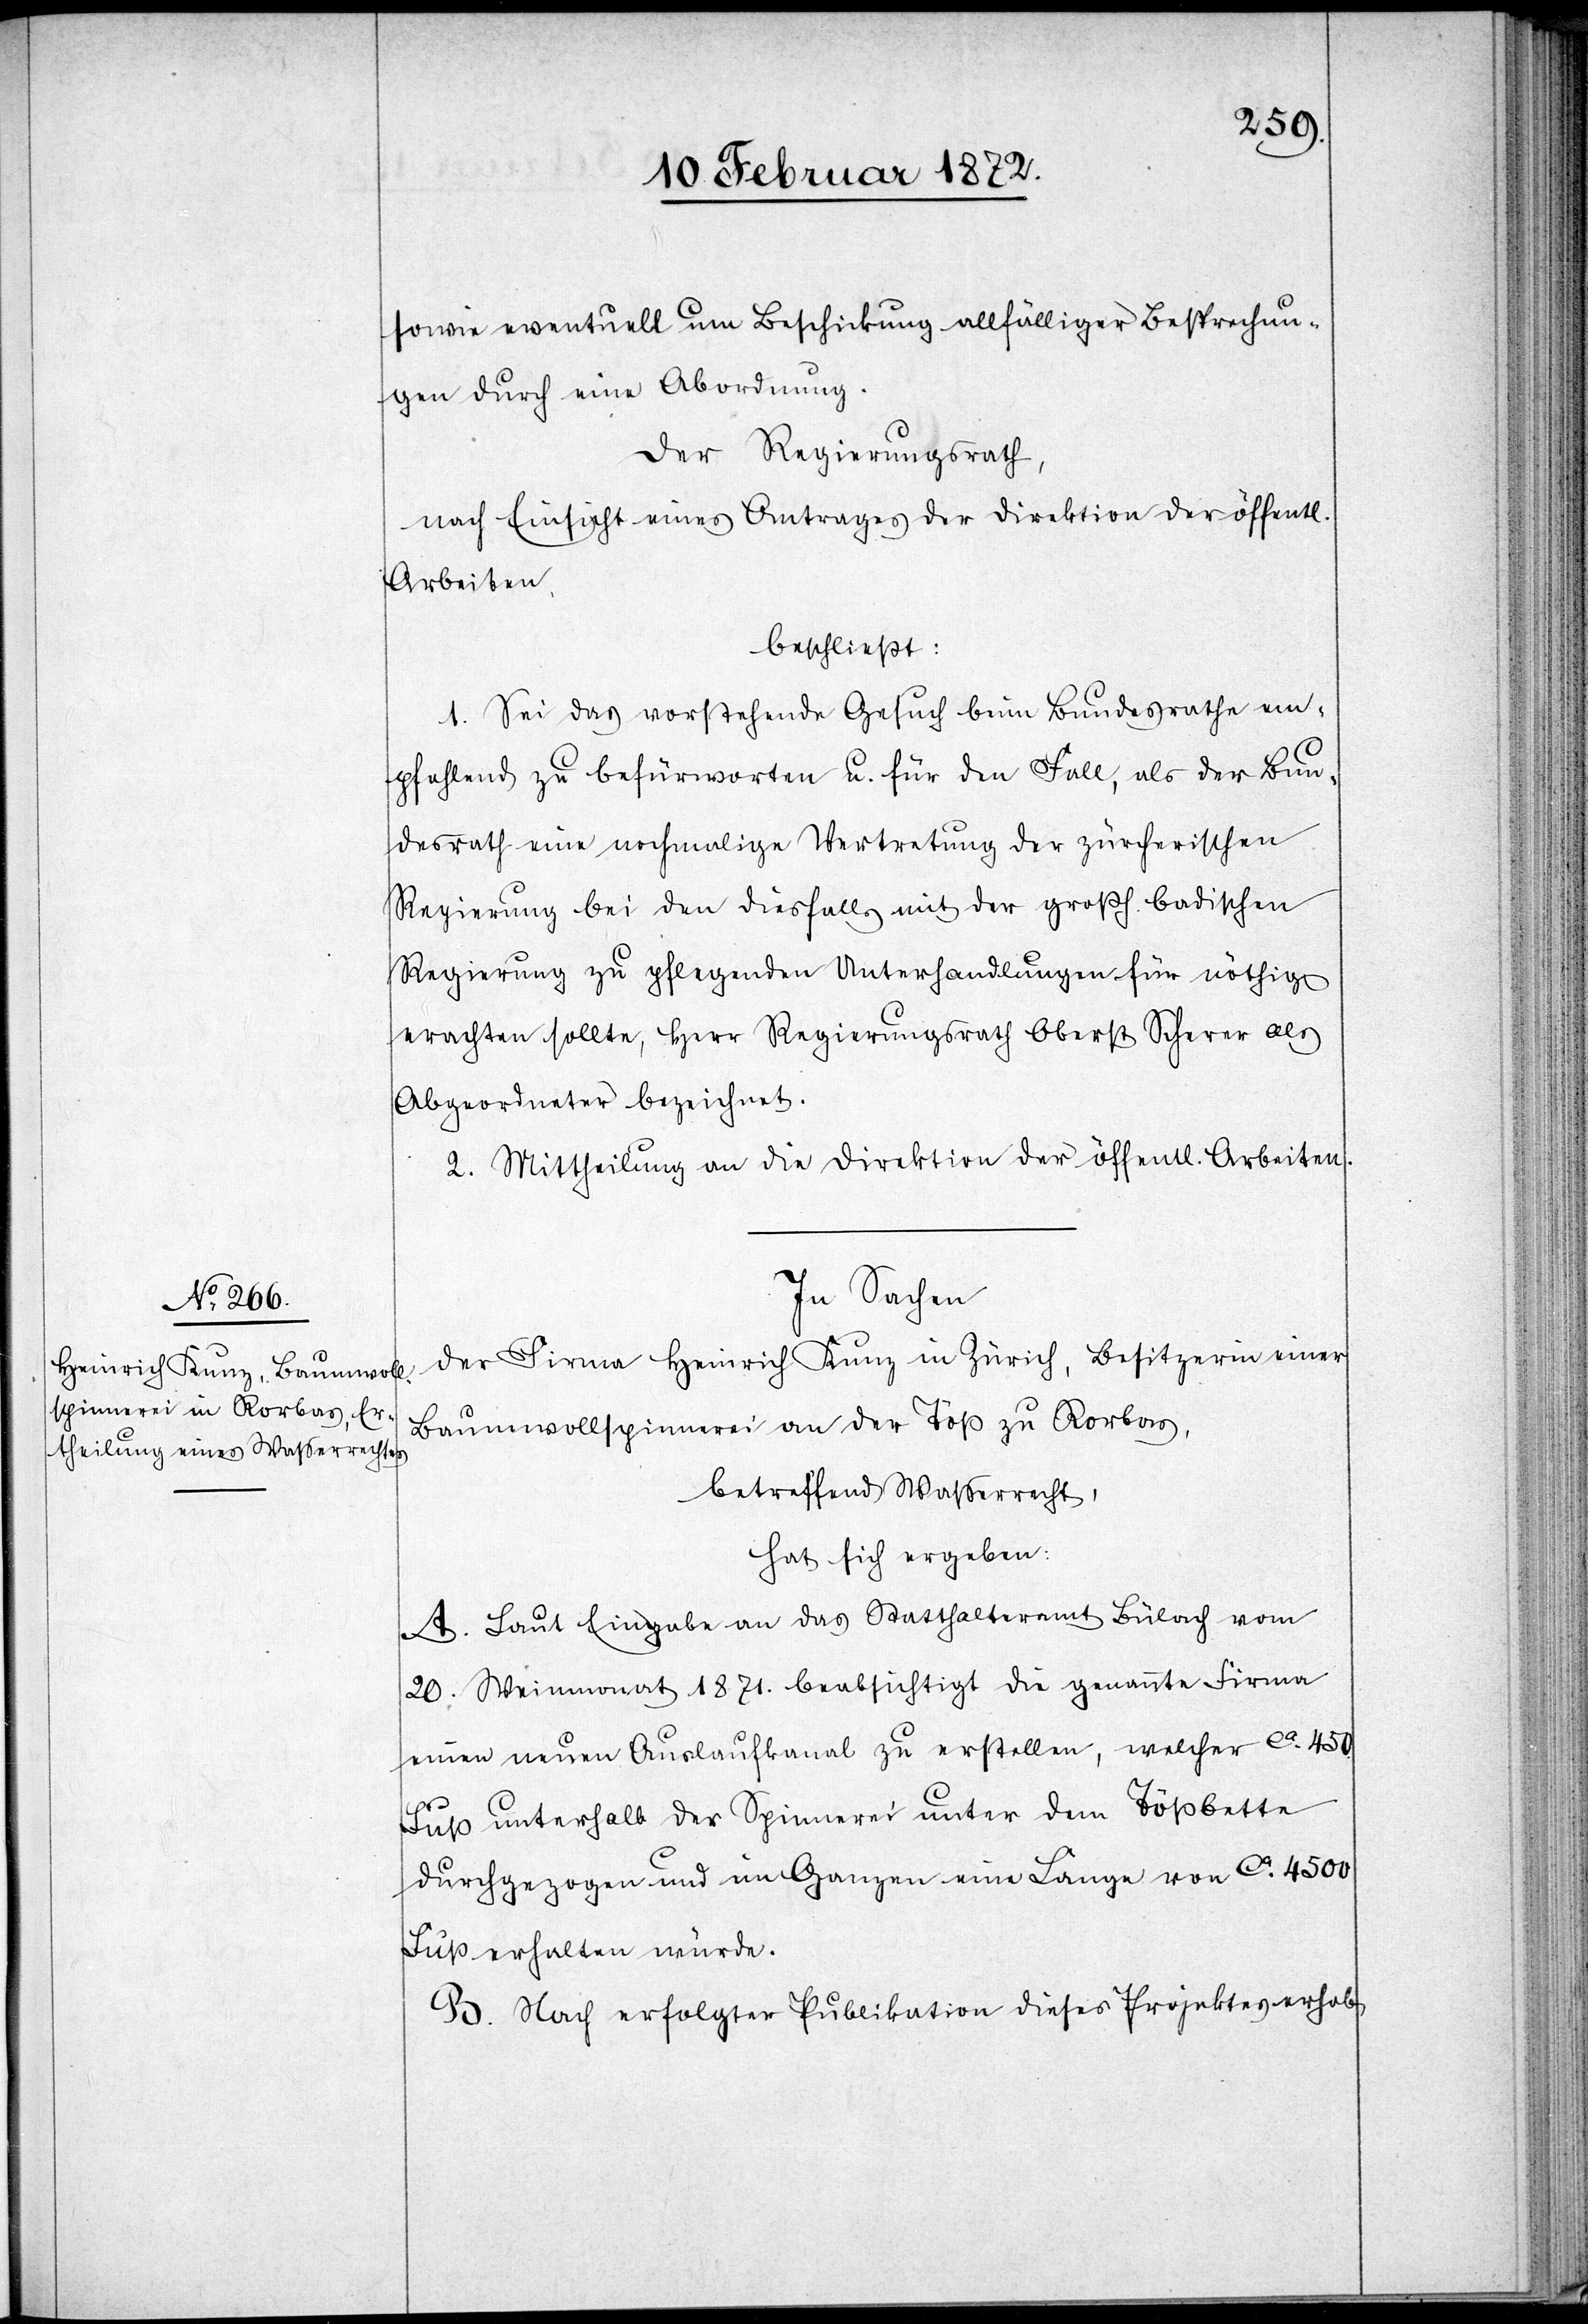
ichen
sowie eventuell um Beschickung allfälliger Besprechun¬
gen durch eine Abordnung.
Der Regierungsrath,
nach Einsicht eines Antrages der Direktion der öffentl¬
Arbeiten,
beschließt:
1. Sei das vorstehende Gesuch beim Bundesrathe em¬
pfehlend zu befürworten u. für den Fall, als der Bun¬
desrath eine nochmalige Vertretung der zürcherischen
Regierung bei den diesfalls mit der großh. badischen
Regierung zu pflegenden Unterhandlungen für nöthig
erachten sollte, Herr Regierungsrath Oberst Scherer als
Abgeordneter bezeichnet.
2. Mittheilung an die Direktion der öffentlichen Arbeiten.
In Sachen
der Firma Heinrich Kunz in Zürich, Besitzerin einer
Baumwollspinnerei an der Töß zu Rorbas,
betreffend Wasserrecht,
hat sich ergeben:
A. Laut Eingabe an das Statthalteramt Bülach vom
20. Weinmonat 1871. beabsichtigt die genannte Firma
einen neuen Auslaufkanal zu erstellen, welcher ca 450.
Fuß unterhalb der Spinnerei unter dem Tößbette
durchgezogen und im Ganzen eine Länge von ca 4500
Fuß erhalten würde.
B. Nach erfolgter Publikation dieses Projektes erhob